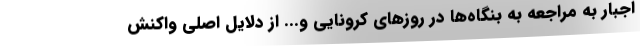
اجبار به مراجعه به بنگاه‌ها در روزهای کرونایی و... از دلایل اصلی واکنش